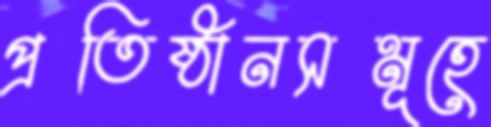
প্রতিষ্ঠানসমূহে